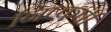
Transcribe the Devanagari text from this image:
निष्कर्षी